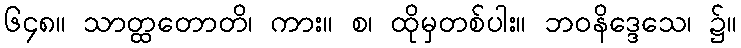
၆၄၈။ သာတ္ထတောတိ၊ ကား။ စ၊ ထိုမှတစ်ပါး။ ဘဝနိဒ္ဒေသေ၊ ၌။